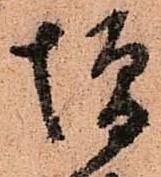
増